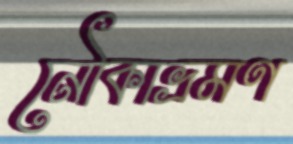
নৌকাভ্রমণ